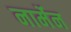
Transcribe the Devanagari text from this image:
नार्मेन